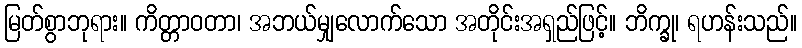
မြတ်စွာဘုရား။ ကိတ္တာဝတာ၊ အဘယ်မျှလောက်သော အတိုင်းအရှည်ဖြင့်။ ဘိက္ခု၊ ရဟန်းသည်။